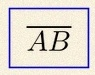
\overline{AB}